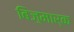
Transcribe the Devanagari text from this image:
बिज़्मार्क